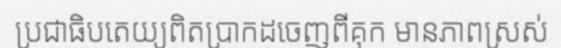
ប្រជាធិបតេយ្យពិតប្រាកដចេញពីគុក មានភាពស្រស់